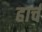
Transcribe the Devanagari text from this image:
हार्च